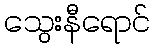
သွေးနီရောင်